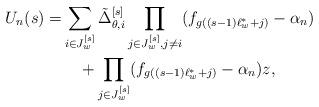
LaTeX: \begin{align*} U_n(s)=&\sum_{i\in J_w^{[s]}} \tilde{\Delta}_{\theta,i}^{[s]}\prod_{j\in J_w^{[s]}, j\neq i}(f_{g((s-1)\ell_w^*+j)}-\alpha_n)\\ &\quad+\prod_{j\in J_w^{[s]}}(f_{g((s-1)\ell_w^*+j)}-\alpha_n)z, \end{align*}